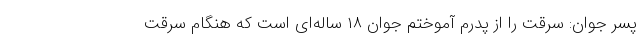
پسر جوان: سرقت را از پدرم آموختم جوان ۱۸ ساله‌ای است که هنگام سرقت